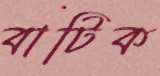
বাটিক